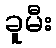
ခူမီး